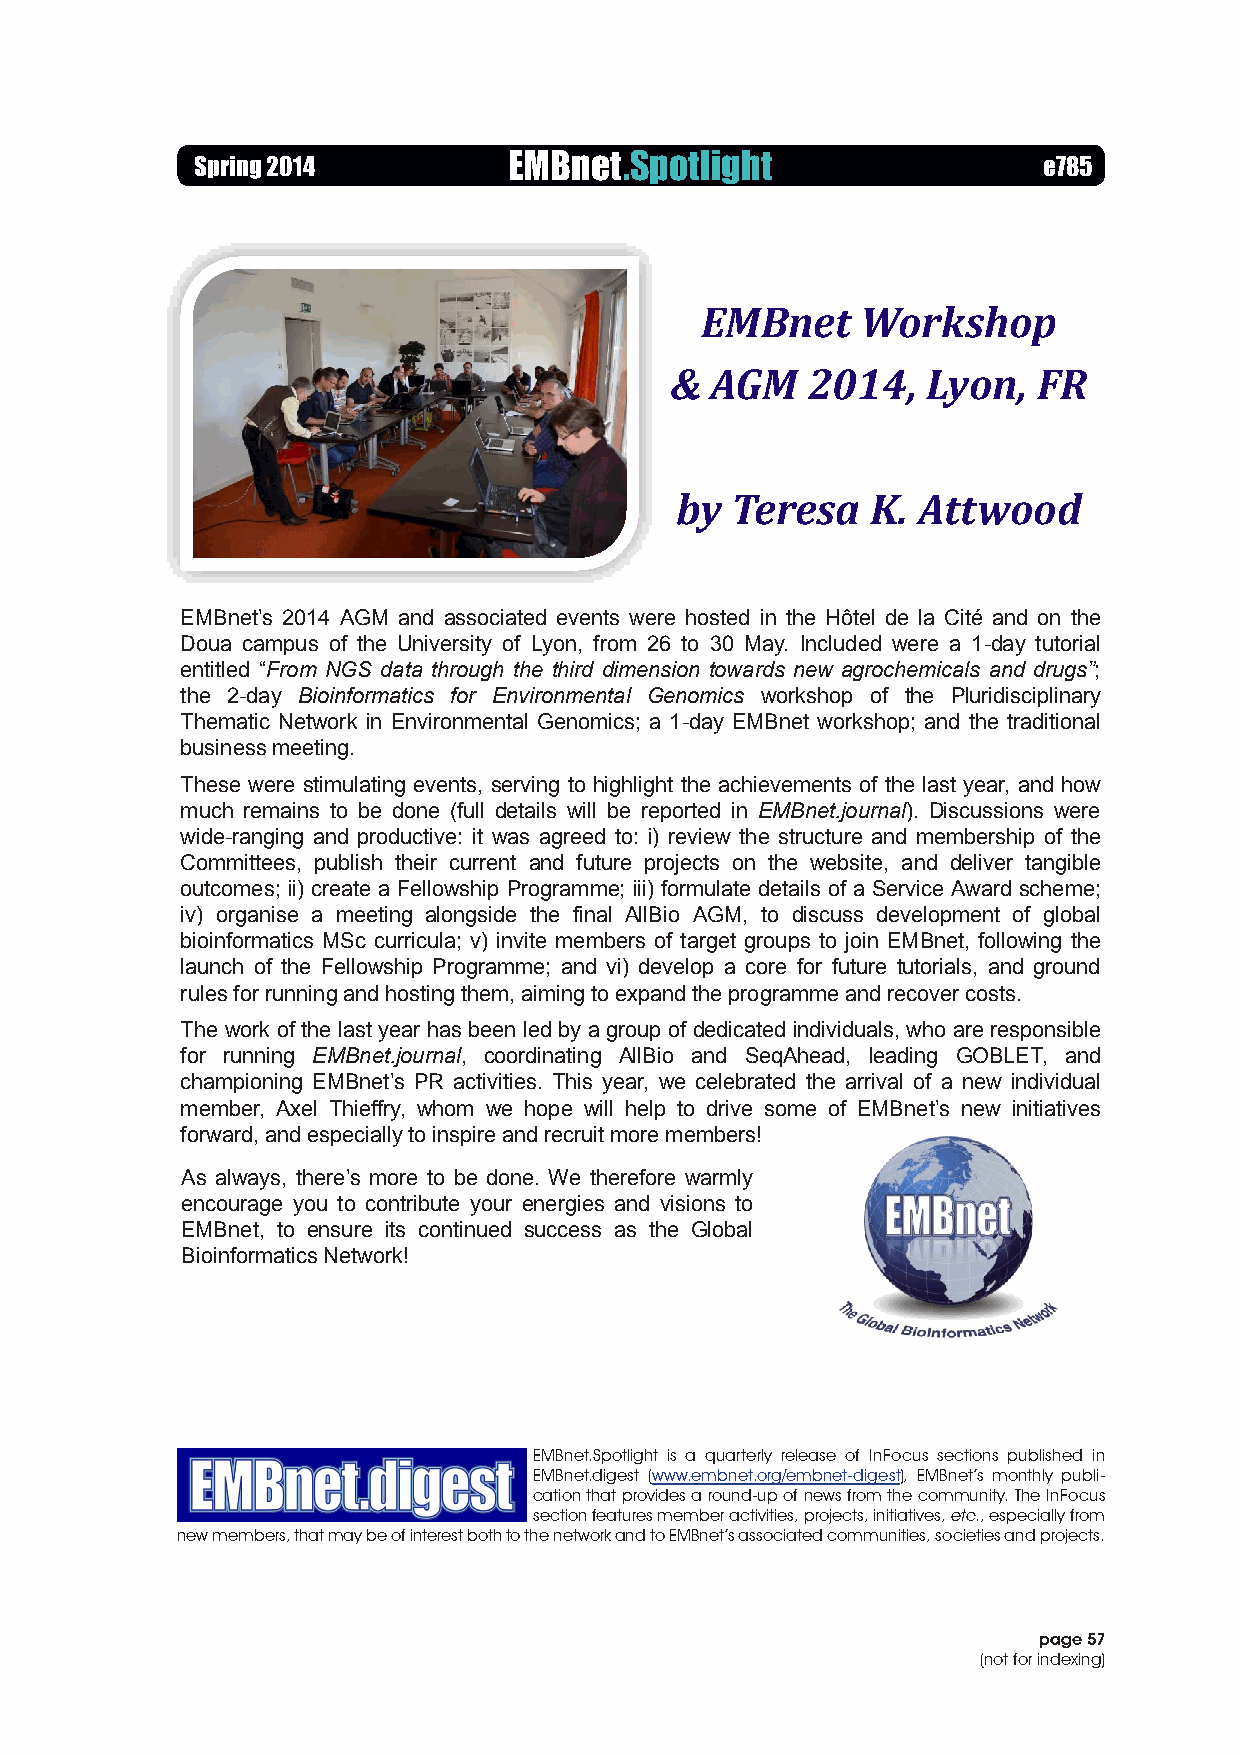
May  2014
 September    2013
 Spring 2014          EMBnet.Spotlight                   e785
 In Focus
 EMBnet     Workshop
 &  AGM   2014,   Lyon,   FR
 by Teresa    K. Attwood
 EMBnet’s 2014 AGM and associated events were hosted in the Hôtel de la Cité and on the
 Doua campus of the University of Lyon, from 26 to 30 May. Included were a 1-day tutorial
 entitled “From NGS data through the third dimension towards new agrochemicals and drugs”;
 the 2-day Bioinformatics for Environmental Genomics workshop of the Pluridisciplinary
 Thematic Network in Environmental Genomics; a 1-day EMBnet workshop; and the traditional
 businessmeeting.
 These were stimulating events, serving to highlight the achievements of the last year, and how
 much remains to be done (full details will be reported in EMBnet.journal). Discussions were
 wide-ranging and productive: it was agreed to: i) review the structure and membership of the
 Committees, publish their current and future projects on the website, and deliver tangible
 outcomes; ii) create a Fellowship Programme; iii) formulate details of a Service Award scheme;
 iv) organise a meeting alongside the final AllBio AGM, to discuss development of global
 bioinformatics MSc curricula; v) invite members of target groups to join EMBnet, following the
 launch of the Fellowship Programme; and vi) develop a core for future tutorials, and ground
 rulesforrunningandhostingthem,aimingtoexpandtheprogrammeandrecovercosts.
 The work of the last year has been led by a group of dedicated individuals, who are responsible
 for running EMBnet.journal, coordinating AllBio and SeqAhead, leading GOBLET, and
 championing EMBnet’s PR activities. This year, we celebrated the arrival of a new individual
 member, Axel Thieffry, whom we hope will help to drive some of EMBnet’s new initiatives
 forward,andespeciallytoinspireandrecruitmoremembers!
 As always, there’s more to be done. We therefore warmly
 encourage you to contribute your energies and visions to
 EMBnet, to ensure its continued success as the Global
 BioinformaticsNetwork!
 EMBnet.Spotlight is a quarterly release of InFocus sections published in
 EMBnet.digest (www.embnet.org/embnet-digest), EMBnet’s monthly publi-
 cation that provides a round-up of news from the community. The InFocus
 section features member activities, projects, initiatives, etc., especially from
 new members, that may be of interest both to the network and to EMBnet’s associated communities, societies and projects.
 page 57
 (not for indexing)